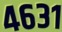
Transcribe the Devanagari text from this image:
४६३१